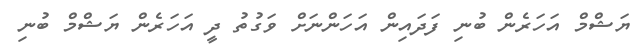
ޔަޝްމް އަހަރެން ބުނި ފަދައިން އަހަންނަށް ވަގުތު ދީ އަހަރެން ޔަޝްމް ބުނި